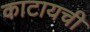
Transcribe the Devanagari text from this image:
काटायची